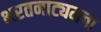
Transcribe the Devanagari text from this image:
भरतनाट्यमचा